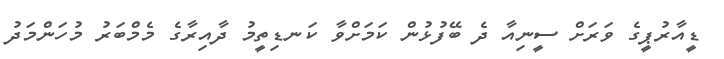
ޑީއާރުޕީގެ ވަރަށް ސީނިއާ ދެ ބޭފުޅުން ކަމަށްވާ ކަނޑިތީމު ދާއިރާގެ މެމްބަރު މުހަންމަދު